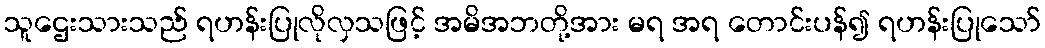
သူဌေးသားသည် ရဟန်းပြုလိုလှသဖြင့် အမိအဘတို့အား မရ အရ တောင်းပန်၍ ရဟန်းပြုသော်